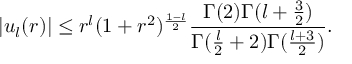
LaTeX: \vert u _ { l } ( r ) \vert \leq r ^ { l } ( 1 + r ^ { 2 } ) ^ { { \frac { 1 - l } { 2 } } } { \frac { \Gamma ( 2 ) \Gamma ( l + { \frac { 3 } { 2 } } ) } { \Gamma ( { \frac { l } { 2 } } + 2 ) \Gamma ( { \frac { l + 3 } { 2 } } ) } } .